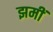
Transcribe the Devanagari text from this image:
झमीं